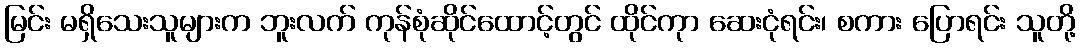
မြင်း မရှိသေးသူများက ဘူးလက် ကုန်စုံဆိုင်ထောင့်တွင် ထိုင်ကုာ ဆေးငုံရင်း၊ စကား ပြောရင်း သူတို့